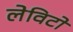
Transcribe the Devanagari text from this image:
लेविटो